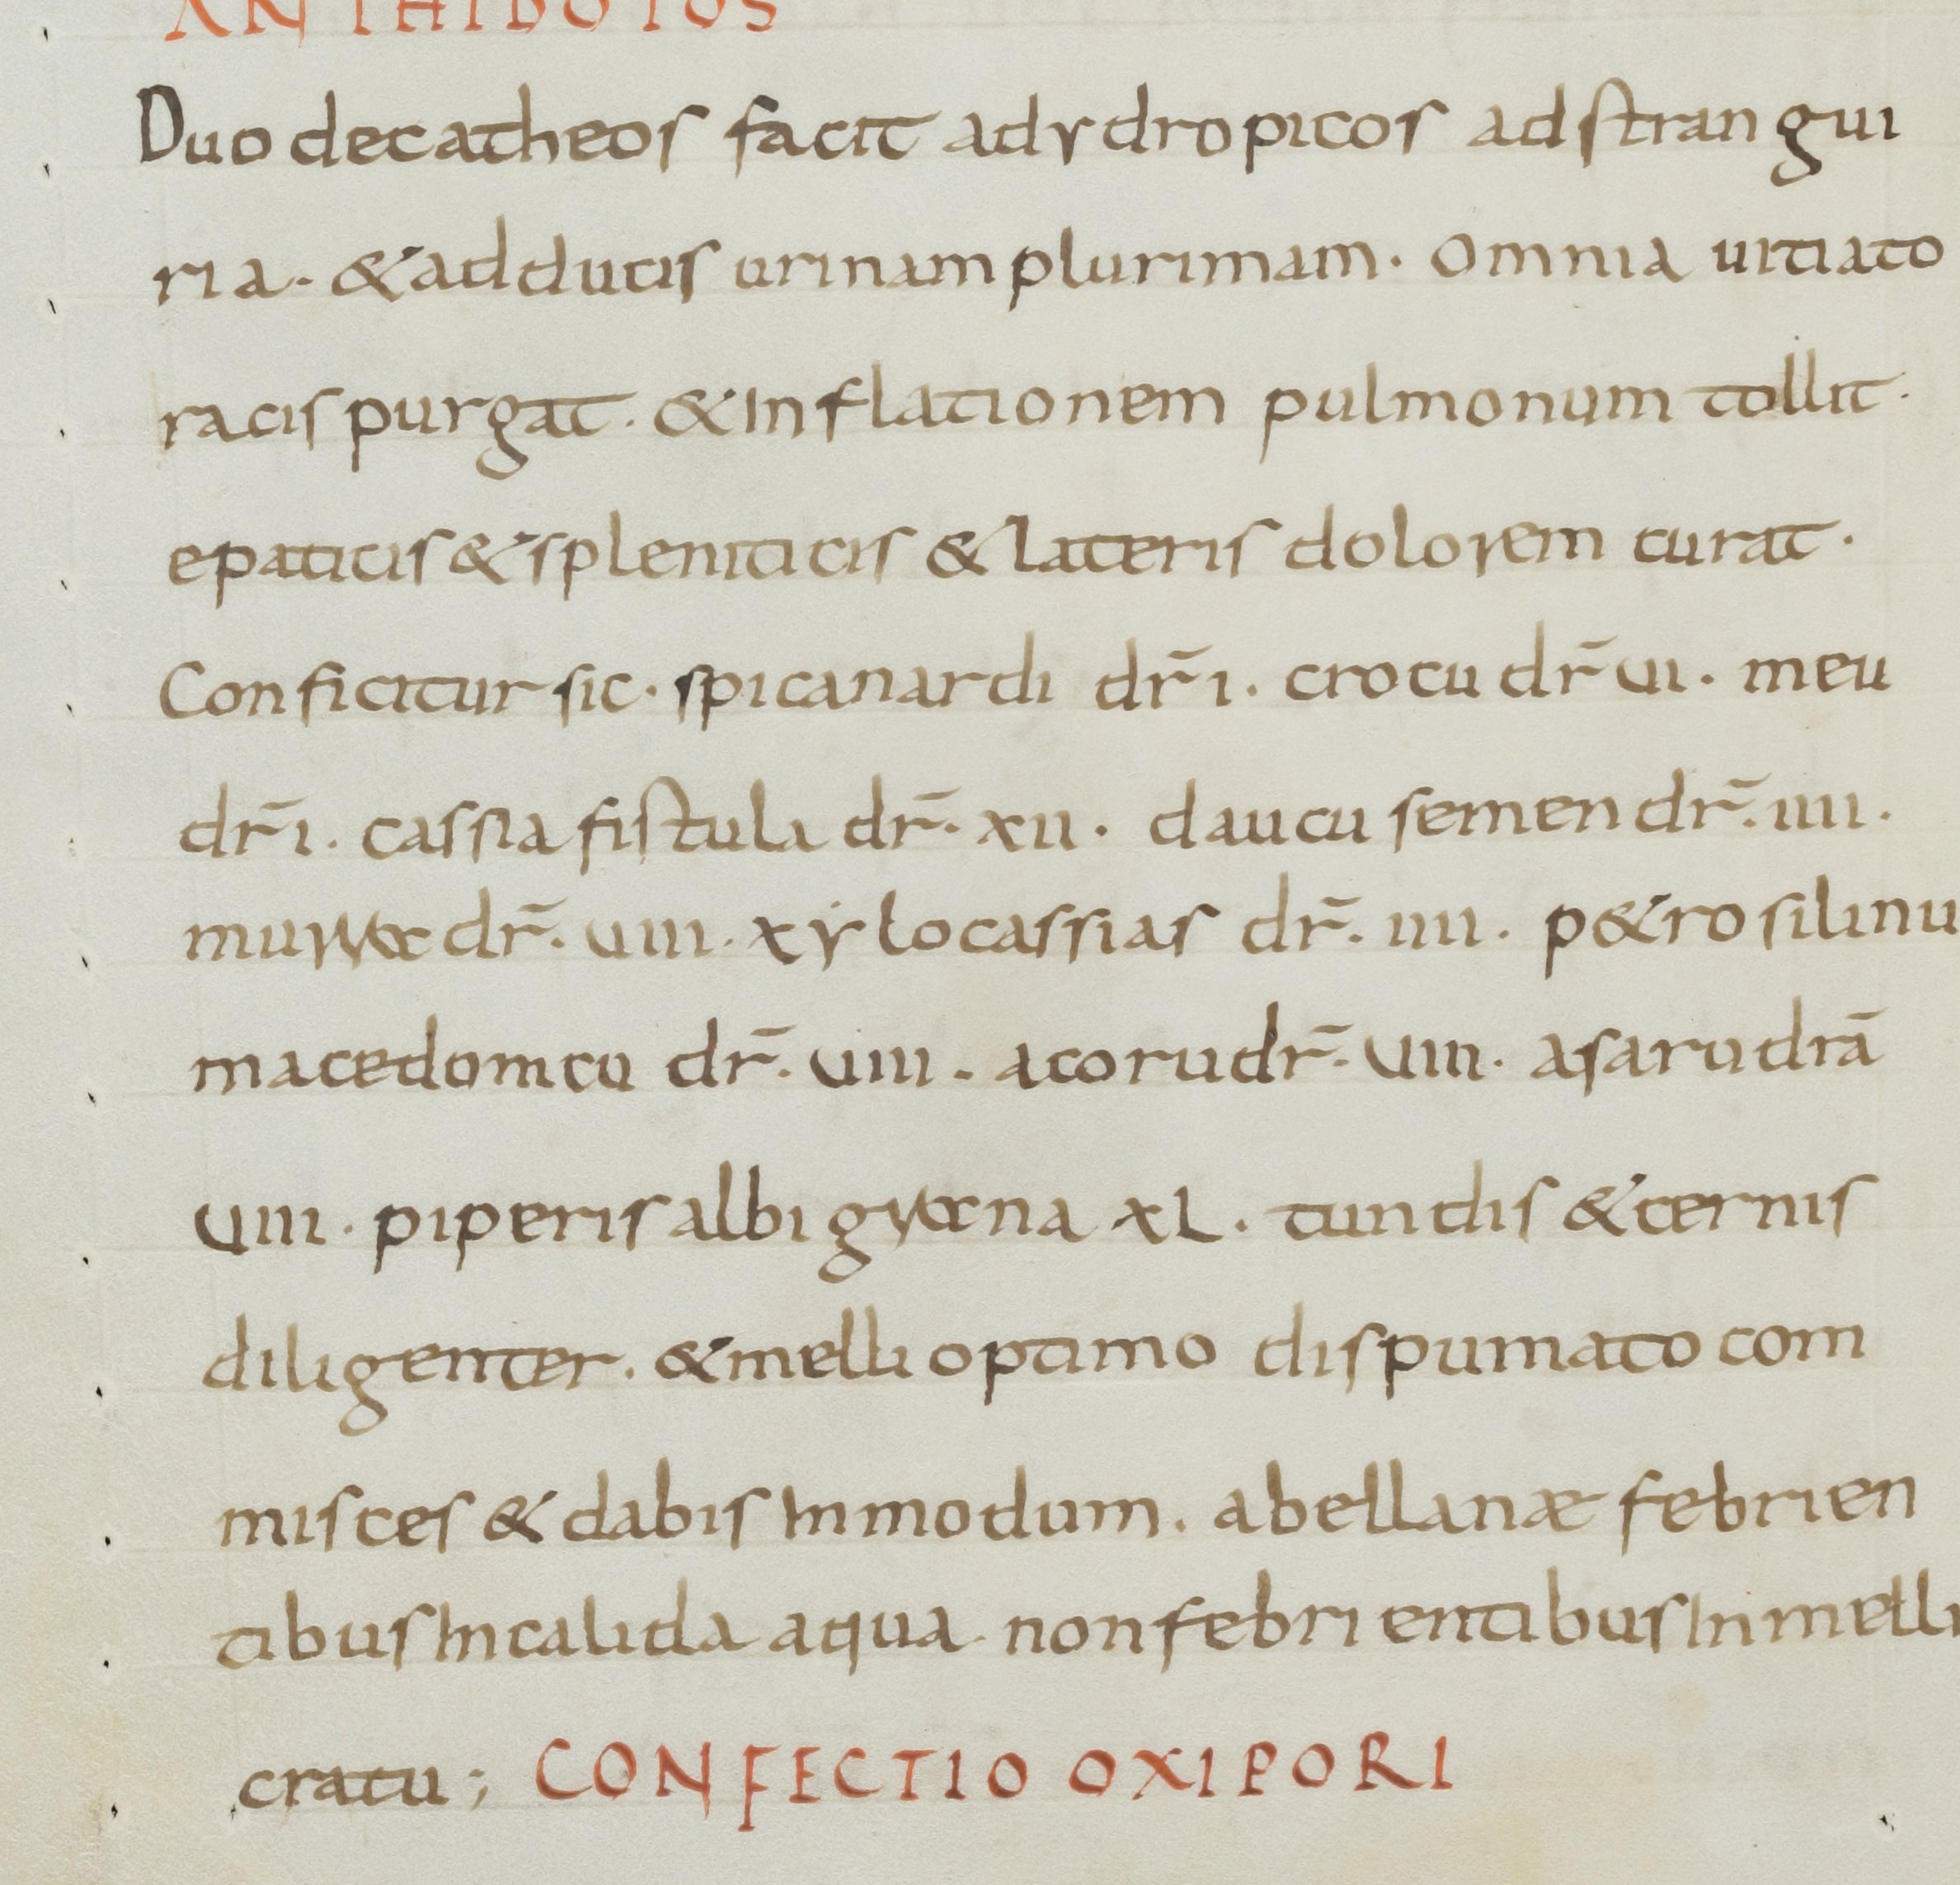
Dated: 800–849